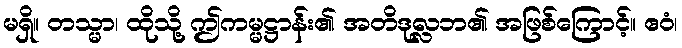
မရှိ။ တသ္မာ၊ ထိုသို့ ဤကမ္မဋ္ဌာန်း၏ အတိဒုလ္လဘ၏ အဖြစ်ကြောင့်။ ဧဝံ၊